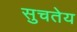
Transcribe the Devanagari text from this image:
सुचतेय